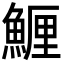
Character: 䱳